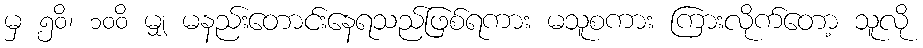
မှ ၅၀ိ၊ ၁၀၀ိ မျှ မနည်းတောင်းနေရသည်ဖြစ်ရကား မသူစကား ကြားလိုက်တော့ သူလို